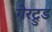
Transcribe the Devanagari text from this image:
गेरट्रुड